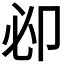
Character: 𠨘